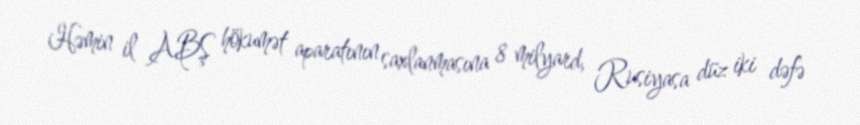
Həmin il ABŞ hökumət aparatının saxlanmasına 8 milyard, Rusiyasa düz iki dəfə